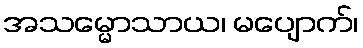
အသမ္မောသာယ၊ မပျောက်၊